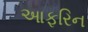
આફરિન